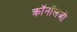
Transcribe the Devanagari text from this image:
क्रॉनॉलजी